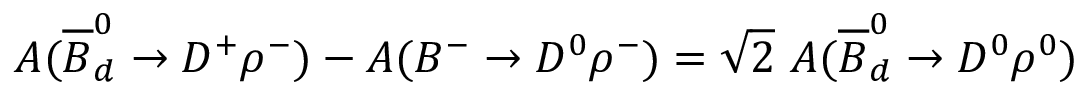
{ \cal A } ( \overline { { { B } } } _ { d } ^ { 0 } \rightarrow D ^ { + } \rho ^ { - } ) - { \cal A } ( B ^ { - } \rightarrow D ^ { 0 } \rho ^ { - } ) = \sqrt { 2 } ~ { \cal A } ( \overline { { { B } } } _ { d } ^ { 0 } \rightarrow D ^ { 0 } \rho ^ { 0 } )